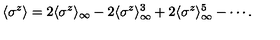
\langle \sigma ^ { z } \rangle = 2 \langle \sigma ^ { z } \rangle _ { \infty } - 2 \langle \sigma ^ { z } \rangle _ { \infty } ^ { 3 } + 2 \langle \sigma ^ { z } \rangle _ { \infty } ^ { 5 } - \cdots .